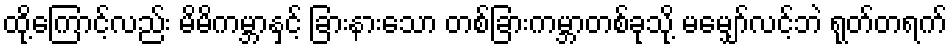
ထို့ကြောင့်လည်း မိမိကမ္ဘာနှင့် ခြားနားသော တစ်ခြားကမ္ဘာတစ်ခုသို့ မမျှော်လင့်ဘဲ ရုတ်တရက်